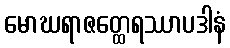
မောဃရာဇတ္ထေရဿာပဒါနံ